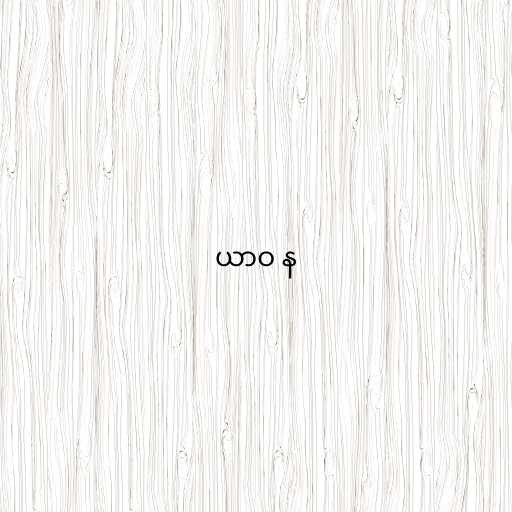
ယာဝ န